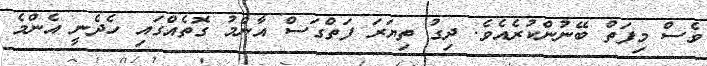
ވެސް މިފަތް ބޭނުންކުރެއެވެ. ދިގު ތިޔަރަ ފަތްގަސް އާންމު ގޮތެއްގައި ހެދެނީ އެންމެ